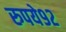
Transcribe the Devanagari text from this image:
रुपये९२